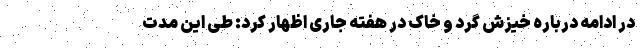
در ادامه درباره خیزش گرد و خاک در هفته جاری اظهار کرد: طی این مدت